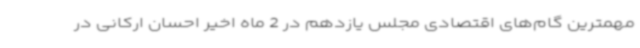
مهمترین گام‌های اقتصادی مجلس یازدهم در 2 ماه اخیر احسان ارکانی در